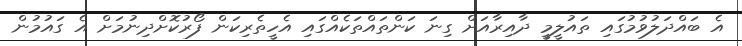
އެ ބައްދަލުވުމުގައި ތައުލީމީ ދާއިިރާއަށް ގިނަ ކަންތައްތަކެއްގައި އެހީތެރިކަން ފޯރުކޮށްދިނުމަށް އެ ގައުމުން